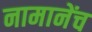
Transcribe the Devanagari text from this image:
नामानेंच